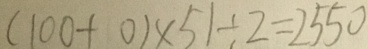
( 1 0 0 + 0 ) \times 5 1 \div 2 = 2 5 5 0